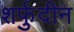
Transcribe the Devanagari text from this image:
शर्फुदीन